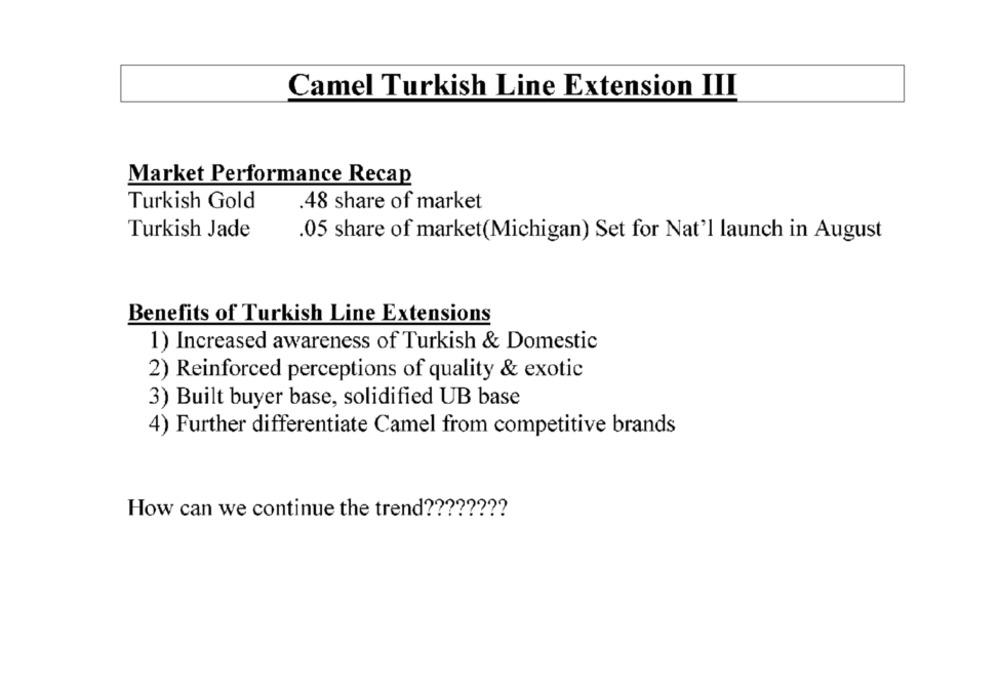
Camel Turkish Line Extension III
Market Performance Recap
Turkish Gold
.48 share of market
Turkish Jade
.05 share of market(Michigan) Set for Nat'l launch in August
Benefits of Turkish Line Extensions
1) Increased awareness of Turkish & Domestic
2) Reinforced perceptions of quality & exotic
3) Built buyer base, solidified UB base
4) Further differentiate Camel from competitive brands
How can we continue the trend ????????